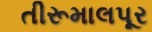
તીરૂમાલપૂર